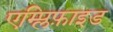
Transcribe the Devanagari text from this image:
एम्प्लिफ़ाइड